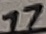
Text: 17